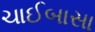
ચાઈબાસા